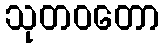
သုတဝတော